Problem: 49 + 30 = ?
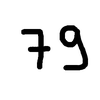
Handwritten answer: 79